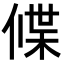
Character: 𬿃